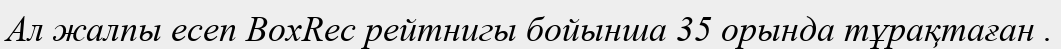
Ал жалпы есеп BoxRec рейтнигы бойынша 35 орында тұрақтаған .